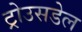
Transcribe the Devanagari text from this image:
ट्रोउसडेल